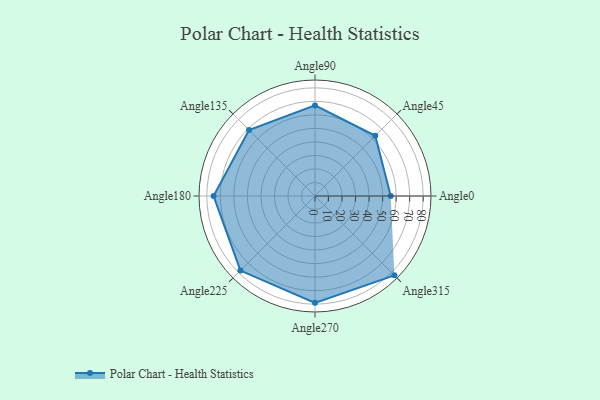
{"axis": {"x": "Angle", "y": "Radius"}, "legend": [""], "data": [{"x": "Angle0", "y": 56.0, "type": ""}, {"x": "Angle45", "y": 63.0, "type": ""}, {"x": "Angle90", "y": 67.0, "type": ""}, {"x": "Angle135", "y": 69.0, "type": ""}, {"x": "Angle180", "y": 75.0, "type": ""}, {"x": "Angle225", "y": 78.0, "type": ""}, {"x": "Angle270", "y": 79.0, "type": ""}, {"x": "Angle315", "y": 83.0, "type": ""}]}